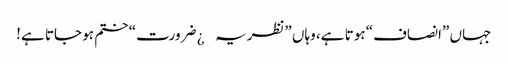
جہاں ”انصاف“ ہوتا ہے، وہاں ”نظریہ¿ ضرورت“ ختم ہو جاتا ہے!